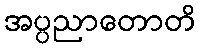
အပ္ပညာတောတိ